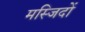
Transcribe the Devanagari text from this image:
मस्‍जिदों